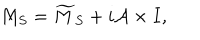
M _ { S } = \widetilde { M } _ { S } + i { \cal A } \times I ,